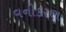
વનીકરણ